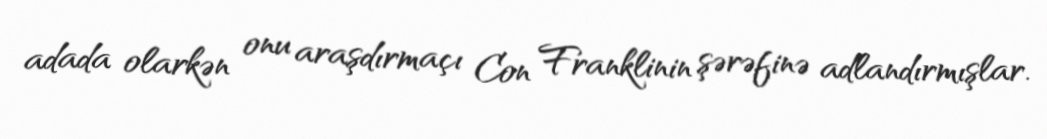
adada olarkən onu araşdırmaçı Con Franklinin şərəfinə adlandırmışlar.